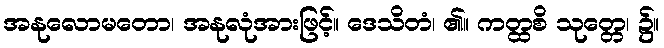
အနုလောမတော၊ အနုလုံအားဖြင့်။ ဒေသိတံ၊ ၏။ ကတ္ထစိ သုတ္တေ၊ ၌။